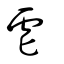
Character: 虐